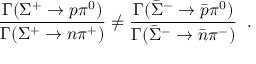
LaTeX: \frac { \Gamma ( \Sigma ^ { + } \to p \pi ^ { 0 } ) } { \Gamma ( \Sigma ^ { + } \to n \pi ^ { + } ) } \neq \frac { \Gamma ( \bar { \Sigma } ^ { - } \to \bar { p } \pi ^ { 0 } ) } { \Gamma ( \bar { \Sigma } ^ { - } \to \bar { n } \pi ^ { - } ) } \; \; .